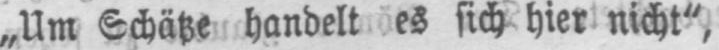
„Um Schätze handelt es sich hier nicht“,